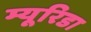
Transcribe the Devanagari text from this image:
म्यूरिडा